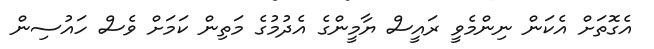
އެގޮތަށް އެކަން ނިންމެވީ ރައީސް ޔާމީންގެ އެދުމުގެ މަތިން ކަމަށް ވެސް ހައުސިން